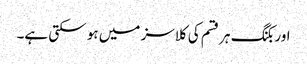
اور بکنگ ہر قسم کی کلاسز میں ہو سکتی ہے۔